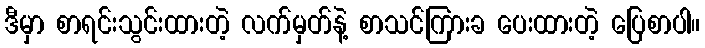
ဒီမှာ စာရင်းသွင်းထားတဲ့ လက်မှတ်နဲ့ စာသင်ကြားခ ပေးထားတဲ့ ပြေစာပါ။